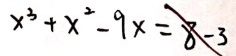
x ^ { 3 } + x ^ { 2 } - 9 x = 8 - 3